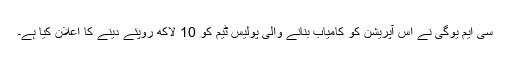
سی ایم یوگی نے اس آپریشن کو کامیاب بنانے والی پولیس ٹیم کو 10 لاکھ روپئے دینے کا اعلان کیا ہے۔